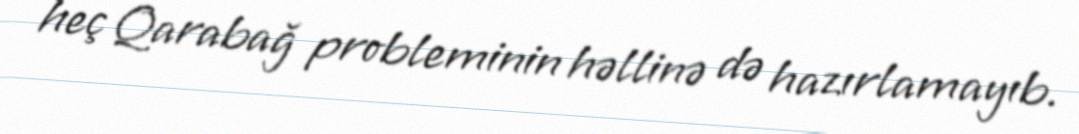
heç Qarabağ probleminin həllinə də hazırlamayıb.